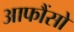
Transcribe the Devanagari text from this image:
आफौंसो